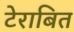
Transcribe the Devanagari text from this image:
टेराबित